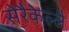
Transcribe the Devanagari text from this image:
सेरैकेल्लै